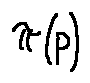
\pi ( p )